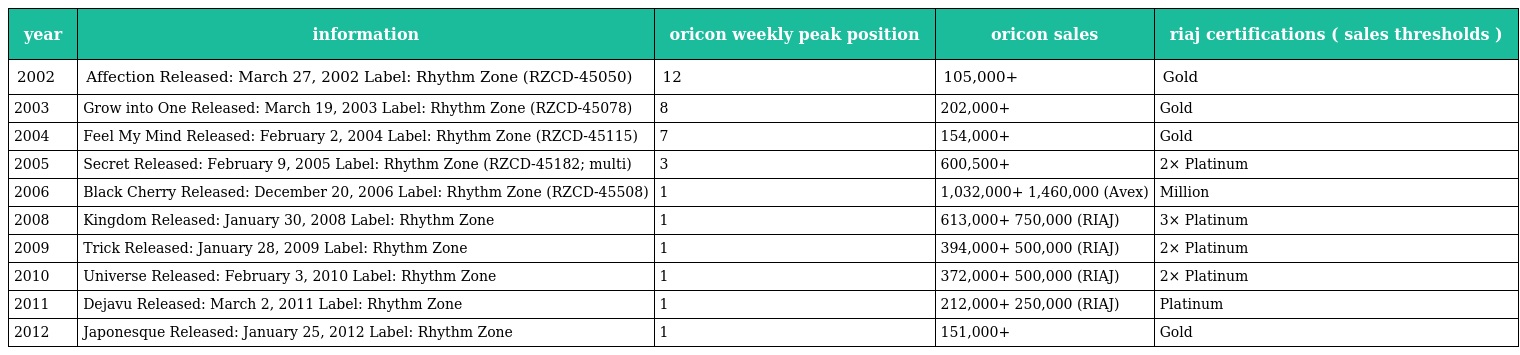
| year | information | oricon weekly peak position | oricon sales | riaj certifications ( sales thresholds ) |
 | --- | --- | --- | --- | --- |
 | 2002 | Affection Released: March 27, 2002 Label: Rhythm Zone (RZCD-45050) | 12 | 105,000+ | Gold |
 | 2003 | Grow into One Released: March 19, 2003 Label: Rhythm Zone (RZCD-45078) | 8 | 202,000+ | Gold |
 | 2004 | Feel My Mind Released: February 2, 2004 Label: Rhythm Zone (RZCD-45115) | 7 | 154,000+ | Gold |
 | 2005 | Secret Released: February 9, 2005 Label: Rhythm Zone (RZCD-45182; multi) | 3 | 600,500+ | 2× Platinum |
 | 2006 | Black Cherry Released: December 20, 2006 Label: Rhythm Zone (RZCD-45508) | 1 | 1,032,000+ 1,460,000 (Avex) | Million |
 | 2008 | Kingdom Released: January 30, 2008 Label: Rhythm Zone | 1 | 613,000+ 750,000 (RIAJ) | 3× Platinum |
 | 2009 | Trick Released: January 28, 2009 Label: Rhythm Zone | 1 | 394,000+ 500,000 (RIAJ) | 2× Platinum |
 | 2010 | Universe Released: February 3, 2010 Label: Rhythm Zone | 1 | 372,000+ 500,000 (RIAJ) | 2× Platinum |
 | 2011 | Dejavu Released: March 2, 2011 Label: Rhythm Zone | 1 | 212,000+ 250,000 (RIAJ) | Platinum |
 | 2012 | Japonesque Released: January 25, 2012 Label: Rhythm Zone | 1 | 151,000+ | Gold |